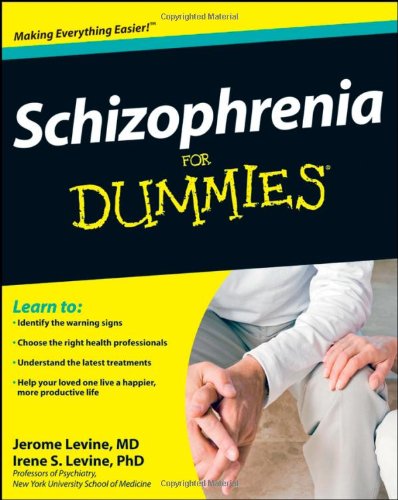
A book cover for Schizophrenia For Dummies; Jerome Levine; Health, Fitness & Dieting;